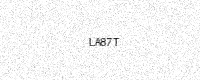
Text: LA87T